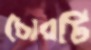
চোরটি